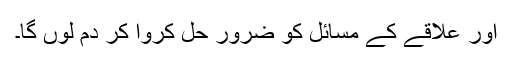
اور علاقے کے مسائل کو ضرور حل کروا کر دم لوں گا۔